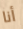
أنا